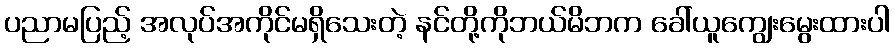
ပညာမပြည့် အလုပ်အကိုင်မရှိသေးတဲ့ နင်တို့ကိုဘယ်မိဘက ခေါ်ယူကျွေးမွေးထားပါ